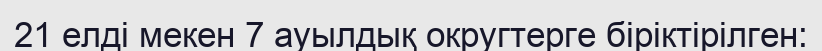
21 елді мекен 7 ауылдық округтерге біріктірілген: